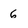
Character: 6